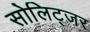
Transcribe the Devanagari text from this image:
सोलिट्जर